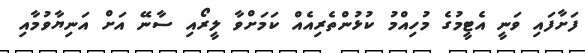
ފަށާފައި ވަނީ އެޓީމުގެ މުހިއްމު ކުޅުންތެރިއެއް ކަމަށްވާ ލީރޯއި ސާނޭ އަށް އަނިޔާވުމާއި